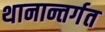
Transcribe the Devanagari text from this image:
थानान्तर्गत